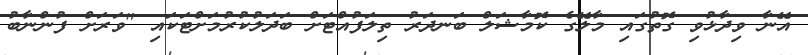
އޭނާ ވިދާޅުވި ގޮތުގައި މާލޭގެ ކޮމާޝަލް ބަނދަރު ތިލަފުއްޓަށް ބަދަލުކުރުމަށްޓަކައި "ވަރަށް ފުންނާބު